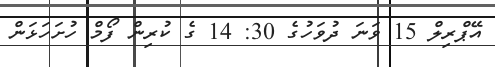
އޭޕްރިލް 15 ވަނަ ދުވަހުގެ 30: 14 ގެ ކުރިން ފޯމް ހުށަހަޅަން